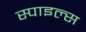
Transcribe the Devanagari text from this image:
स्पाइल्स